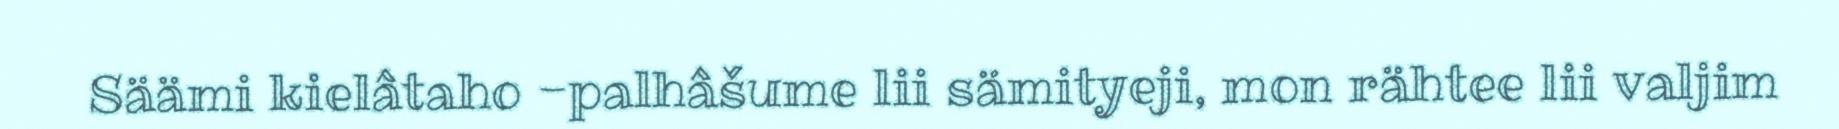
Säämi kielâtaho -palhâšume lii sämityeji, mon rähtee lii valjim